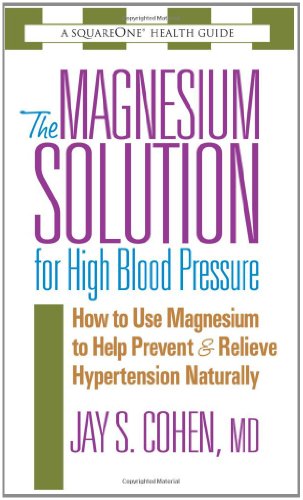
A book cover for The Magnesium Solution for High Blood Pressure (The Square One Health Guides); Jay S. Cohen; Health, Fitness & Dieting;